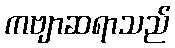
ကဗျာဆရာသည်